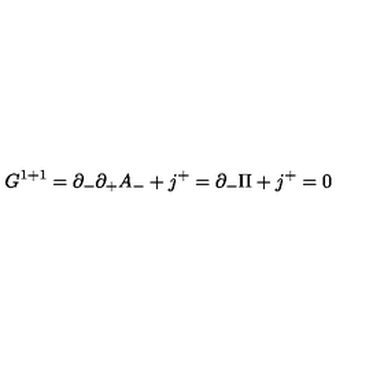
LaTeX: G ^ { 1 + 1 } = \partial _ { - } \partial _ { + } A _ { - } + j ^ { + } = \partial _ { - } \Pi + j ^ { + } = 0